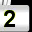
Digit: 2